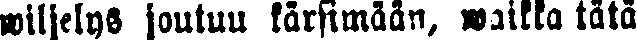
wiljelys joutuu kärsimään, waikka tätä